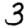
Digit: 3